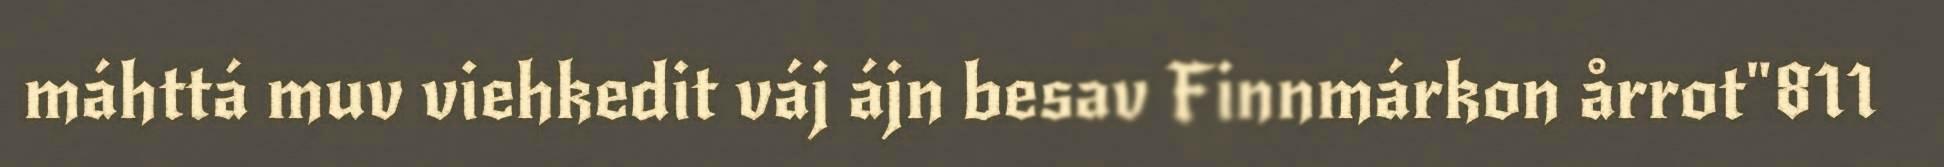
máhttá muv viehkedit váj ájn besav Finnmárkon årrot"811